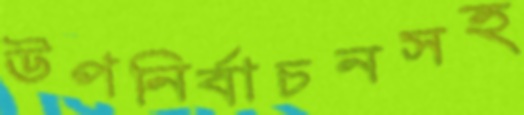
উপনির্বাচনসহ